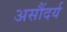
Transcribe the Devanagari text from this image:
असौंदर्य